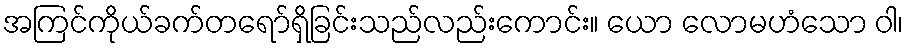
အကြင်ကိုယ်ခက်တရော်ရှိခြင်းသည်လည်းကောင်း။ ယော လောမဟံသော ဝါ၊